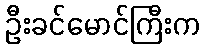
ဦးခင်မောင်ကြီးက